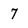
Character: 7